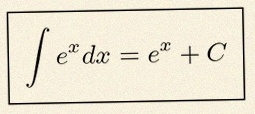
\int e^x dx=e^x+C